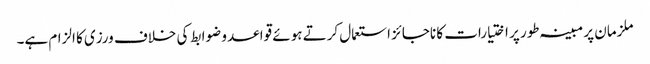
ملزمان پر مبینہ طور پر اختیارات کا ناجائز استعمال کرتے ہوئے قواعد و ضوابط کی خلاف ورزی کا الزام ہے۔